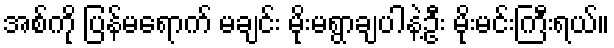
အစ်ကို ပြန်မရောက် မချင်း မိုးမရွာချပါနဲ့ဦး မိုးမင်းကြီးရယ်။